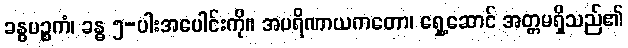
ခန္ဓပဉ္စကံ၊ ခန္ဓ ၅-ပါးအပေါင်းကို။ အပရိဏာယကတော၊ ရှေ့ဆောင် အတ္တမရှိသည်၏